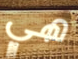
هي